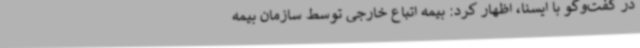
در گفت‌وگو با ایسنا، اظهار کرد: بیمه اتباع خارجی توسط سازمان بیمه